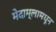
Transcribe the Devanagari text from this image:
मेदाम्लामधून